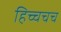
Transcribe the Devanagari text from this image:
हिच्चचच